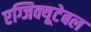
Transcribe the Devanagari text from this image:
एग्जिक्यूटेबल